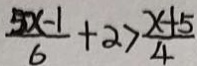
\frac { 5 x - 1 } { 6 } + \alpha > \frac { x + 5 } { 4 }